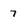
Character: 7